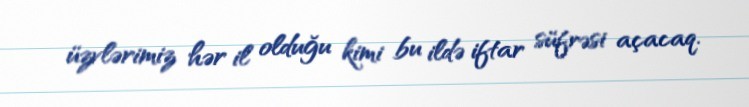
üzvlərimiz hər il olduğu kimi bu ildə iftar süfrəsi açacaq.